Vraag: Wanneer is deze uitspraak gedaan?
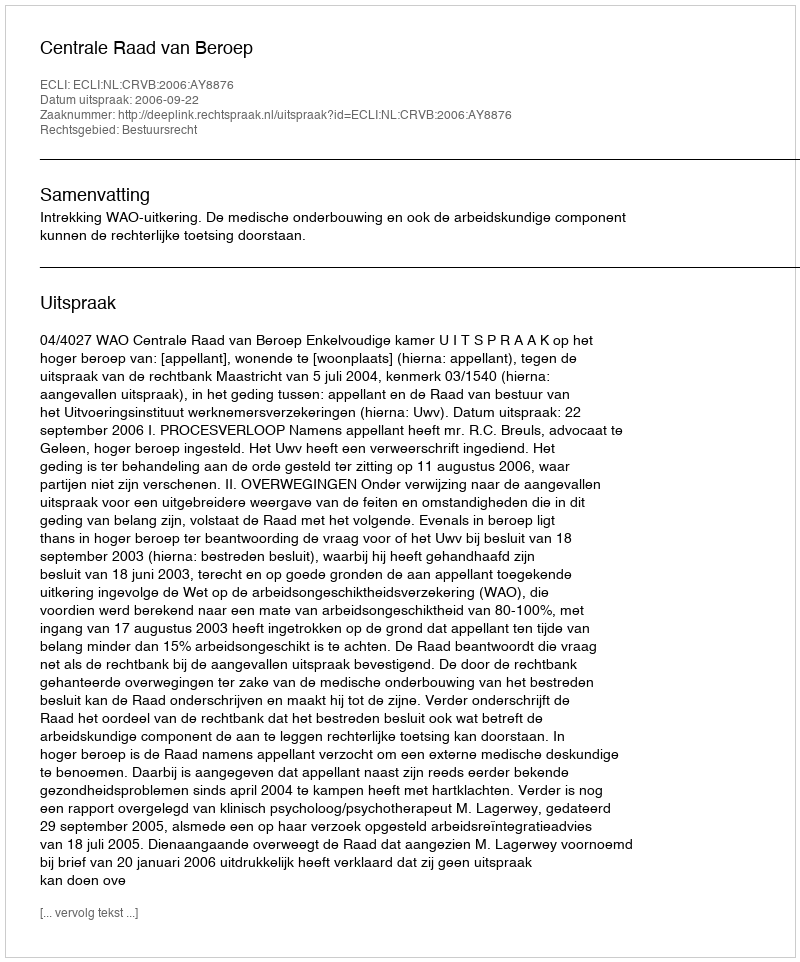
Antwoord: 2006-09-22